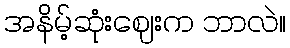
အနိမ့်ဆုံးဈေးက ဘာလဲ။